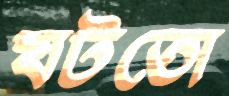
ঘটতো